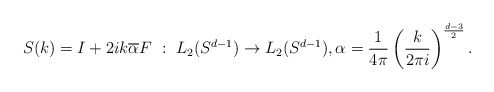
\begin{align*}S(k)= I + 2ik \overline{\alpha} F ~ : ~ L_2(S^{d-1}) \rightarrow L_2(S^{d-1}), \alpha=\frac{1}{4\pi}\left (\frac{k}{2\pi i} \right )^{\frac{d-3}{2}}.\end{align*}